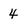
Character: 4